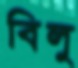
বিলু